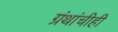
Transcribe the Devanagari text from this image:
ग्रंथांचीही